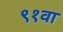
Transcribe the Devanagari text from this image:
९१वा